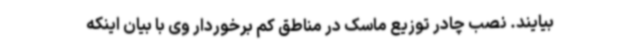
بیایند. نصب چادر توزیع ماسک در مناطق کم برخوردار وی با بیان اینکه